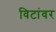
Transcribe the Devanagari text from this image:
विटांवर